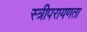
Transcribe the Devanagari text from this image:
स्त्रीपरायणता